Report of the Hyderabad Chloroform Commission
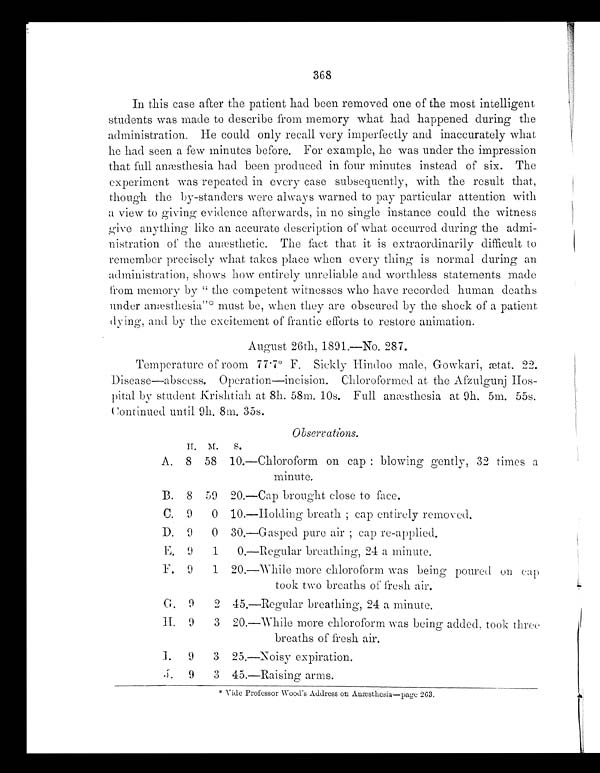
368
In this case after the patient had been removed one of the most intelligent
students was made to describe from memory what had happened during the
administration. He could only recall very imperfectly and inaccurately what
he had seen a few minutes before. For example, he was under the impression
that full anæsthesia had been produced in four minutes instead of six. The
experiment was repeated in every case subsequently, with the result that,
though the by-standers were always warned to pay particular attention with
a view to giving evidence afterwards, in no single instance could the witness
give anything like an accurate description of what occurred during the admi-
nistration of the anæsthetic. The fact that it is extraordinarily difficult to
remember precisely what takes place when every thing is normal during an
administration, shows how entirely unreliable and worthless statements made
from memory by " the competent witnesses who have recorded human deaths
under anæsthesia"* must be, when they are obscured by the shock of a patient
dying, and by the excitement of frantic efforts to restore animation.
August 26th, 1891.—No. 287.
Temperature of room 77 . 7º F. Sickly Hindoo male, Gowkari, ætat. 22.
Disease—abscess. Operation—incision. Chloroformed at the Afzulgunj Hos-
pital by student Krishtiali at 8h. 58m. 10s. Full anæsthesia at 9h. 5m. 55s.
Continued until 9h. 8m. 35s.
Observations.
II. M.
S .
A. 8 58 10.—Chloroform on cap : blowing gently, 32 times a
minute.
B. 8 59 20.—Cap brought close to face.
C. 9
0 10.—Holding breath ; cap entirely removed.
D. 9
0 30.—Gasped pure air ; cap re-applied.
E. 9
1
0.—Regular breathing, 24 a minute.
F. 9
1 20.—While more chloroform was being poured on cap
took two breaths of fresh air.
G. 9
2 45.—Regular breathing, 24 a minute.
H. 9
3 20.—While more chloroform was being added. took three
breaths of fresh air.
I.
9
3 25.—Noisy expiration.
J. 9
3 45.—Raising arms.
* Vide Professor Wood's Address on Auæsthesia—page 263.